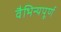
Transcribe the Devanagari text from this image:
वैभिन्यपूर्ण